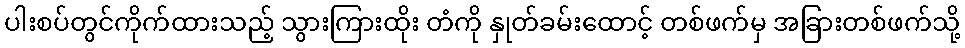
ပါးစပ်တွင်ကိုက်ထားသည့် သွားကြားထိုး တံကို နှုတ်ခမ်းထောင့် တစ်ဖက်မှ အခြားတစ်ဖက်သို့